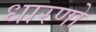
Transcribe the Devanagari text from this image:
धारणो